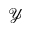
\mathcal { Y }